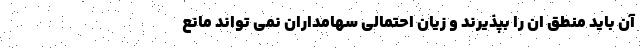
آن باید منطق ان را بپذیرند و زیان احتمالی سهامداران نمی تواند مانع